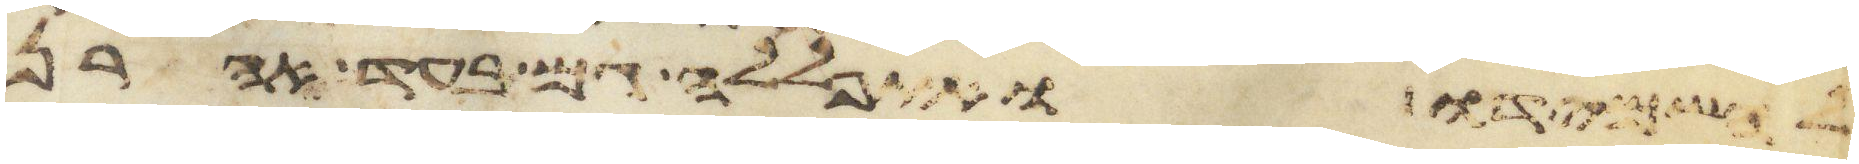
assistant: להשמידו ואתפללה גם בעד אהרן